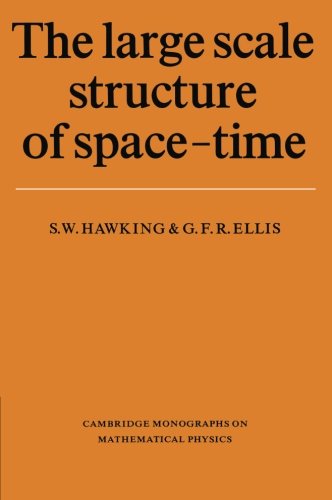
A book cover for The Large Scale Structure of Space-Time (Cambridge Monographs on Mathematical Physics); Stephen W. Hawking; Science & Math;